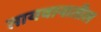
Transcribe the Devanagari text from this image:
तायवानातील